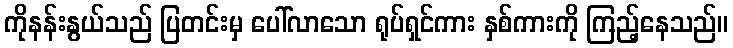
ကိုနန်းနွယ်သည် ပြတင်းမှ ပေါ်လာသော ရုပ်ရှင်ကား နှစ်ကားကို ကြည့်နေသည်။